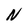
Character: N